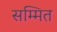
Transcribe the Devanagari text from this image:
सम्मित